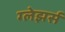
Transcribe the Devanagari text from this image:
ग्लेझर्स